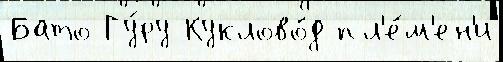
Бато Гу́ру Куклово́д пл'е́м'ен'и